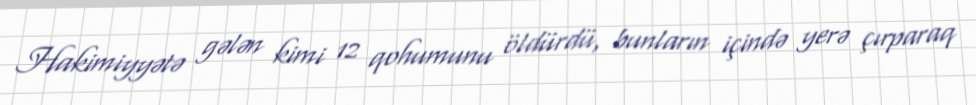
Hakimiyyətə gələn kimi 12 qohumunu öldürdü, bunların içində yerə çırparaq